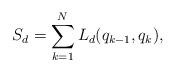
LaTeX: \begin{align*}{S_d}=\sum_{k=1}^{N} L_d(q_{k-1}, q_{k}),\end{align*}